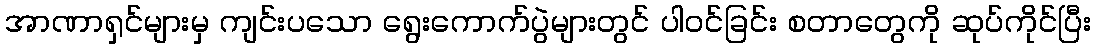
အာဏာရှင်များမှ ကျင်းပသော ရွေးကောက်ပွဲများတွင် ပါဝင်ခြင်း စတာတွေကို ဆုပ်ကိုင်ပြီး